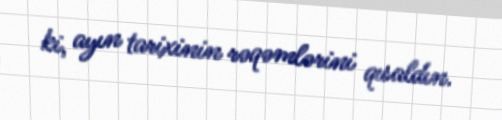
ki, ayın tarixinin rəqəmlərini qısaldın.